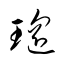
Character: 瑶